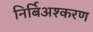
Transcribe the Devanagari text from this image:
निर्बिअश्करण